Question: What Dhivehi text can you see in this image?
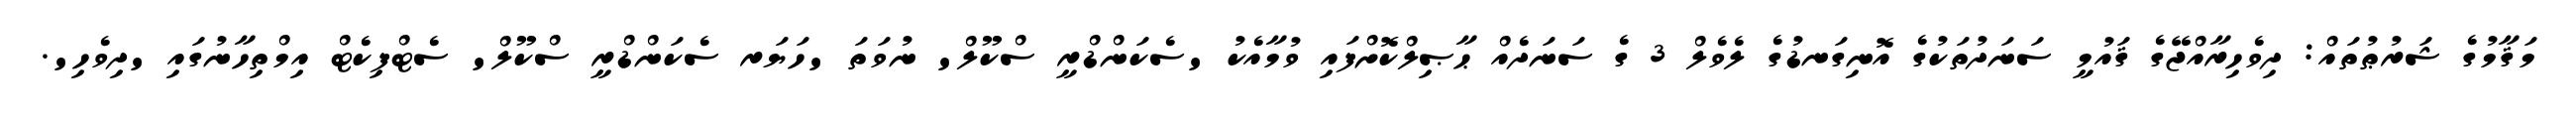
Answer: މަޤާމުގެ ޝަރުޠުތައް: ދިވެހިރާއްޖޭގެ ޤައުމީ ސަނަދުތަކުގެ އޮނިގަނޑުގެ ލެވެލް 3 ގެ ސަނަދެއް ޙާޞިލްކޮށްފައި ވުމާއެކު 'ސެކަންޑްރީ ސްކޫލް' ނުވަތަ 'ހަޔަރ ސެކަންޑްރީ ސްކޫލް' ސެޓްފިކެޓް އިމްތިހާނުގައި 'ދިވެހި'.